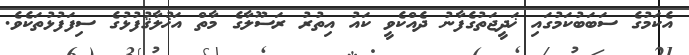
އެކަމުގެ ސަބަބުކަމުގައި ޚަދީޖަތުގެފާނު ދެއްކެވީ ކައު އިތުރު ރަސޫލާގެ މާތް އަޚުލާޤުފުޅުގެ ސިފަފުޅުތަކެވެ.